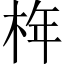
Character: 𣑻